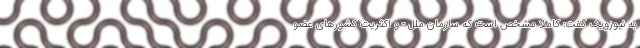
به نیوزویک گفت: کاملا مشخص است که سازمان ملل - و اکثریت کشورهای عضو